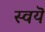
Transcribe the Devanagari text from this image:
स्वयॆ